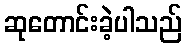
ဆုတောင်းခဲ့ပါသည်